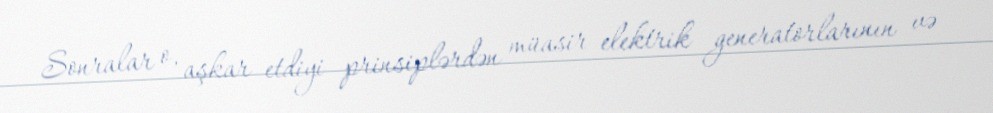
Sonralar o, aşkar etdiyi prinsiplərdən müasir elektrik generatorlarının və